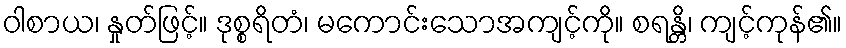
ဝါစာယ၊ နှုတ်ဖြင့်။ ဒုစ္စရိတံ၊ မကောင်းသောအကျင့်ကို။ စရန္တိ၊ ကျင့်ကုန်၏။